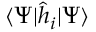
\langle \Psi | \hat { h } _ { i } | \Psi \rangle